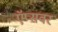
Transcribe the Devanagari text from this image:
ऍप्सवर